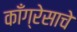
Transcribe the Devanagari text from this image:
काँग्रेसाचे